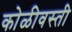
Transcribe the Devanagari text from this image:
कोळीवस्ती